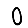
Digit: 0